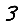
Digit: 3